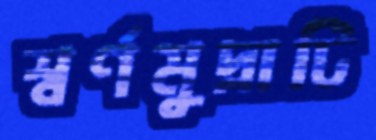
স্বর্ণমুদ্রাটি